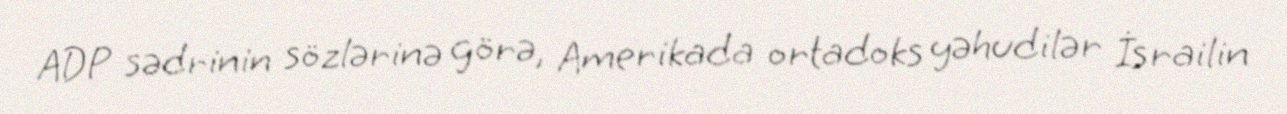
ADP sədrinin sözlərinə görə, Amerikada ortadoks yəhudilər İsrailin